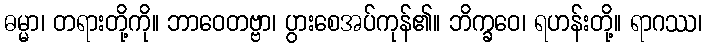
ဓမ္မာ၊ တရားတို့ကို။ ဘာဝေတဗ္ဗာ၊ ပွားစေအပ်ကုန်၏။ ဘိက္ခဝေ၊ ရဟန်းတို့။ ရာဂဿ၊